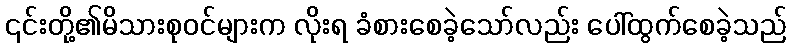
၎င်းတို့၏မိသားစုဝင်များက လိုးရ ခံစားစေခဲ့သော်လည်း ပေါ်ထွက်စေခဲ့သည်